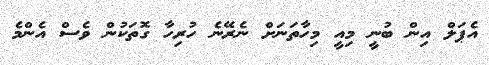
އެޕަލް އިން ބުނީ މިއީ މިހާތަނަށް ނެރޭނެ ހުރިހާ ގޮތަކުން ވެސް އެންމެ